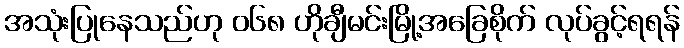
အသုံးပြုနေသည်ဟု ၀၆၈ ဟိုချီမင်းမြို့အခြေစိုက် လုပ်ခွင့်ရရန်